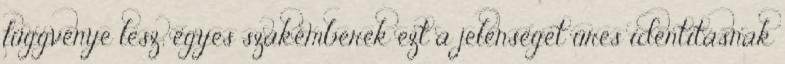
függvénye lesz; egyes szakemberek ezt a jelenséget üres identitásnak